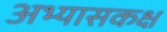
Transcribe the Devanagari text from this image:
अभ्यासकक्ष